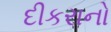
દીકરાનો